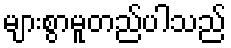
များစွာမူတည်ပါသည်